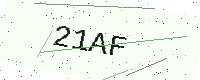
Text: 21AF